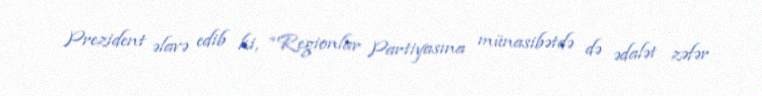
Prezident əlavə edib ki, “Regionlar Partiyasına münasibətdə də ədalət zəfər